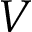
V